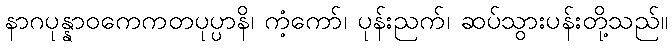
နာဂပုန္နာဝကေကတပုပ္ပာနိ၊ ကံ့ကော်၊ ပုန်းညက်၊ ဆပ်သွားပန်းတို့သည်။